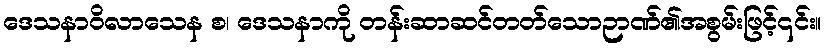
ဒေသနာဝိလာသေန စ၊ ဒေသနာကို တန်းဆာဆင်တတ်သောဉာဏ်၏အစွမ်းဖြင့်၎င်း။